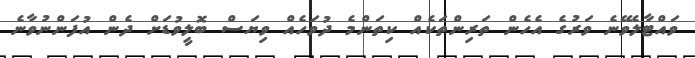
ވައްޓާލެވޭނެ ވަރުގެ އެހެން ތަރިންތަކެއް ކިތަންމެ ދުވަހެއް ވިޔަސް ބޮލީވުޑަށް ދެން އުފަންނުވާނެ